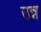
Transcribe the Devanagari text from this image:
उन्न